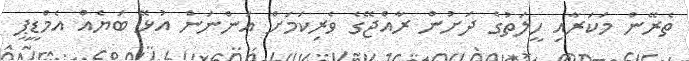
ތެރޭން މަކަރާއި ހީލަތުގެ ދަށުން ރާއްޖޭގެ ވެރިކަމަށް އަންނަން އުޅޭ ބަޔެއް އެމްޑީޕީ